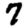
Digit: 7